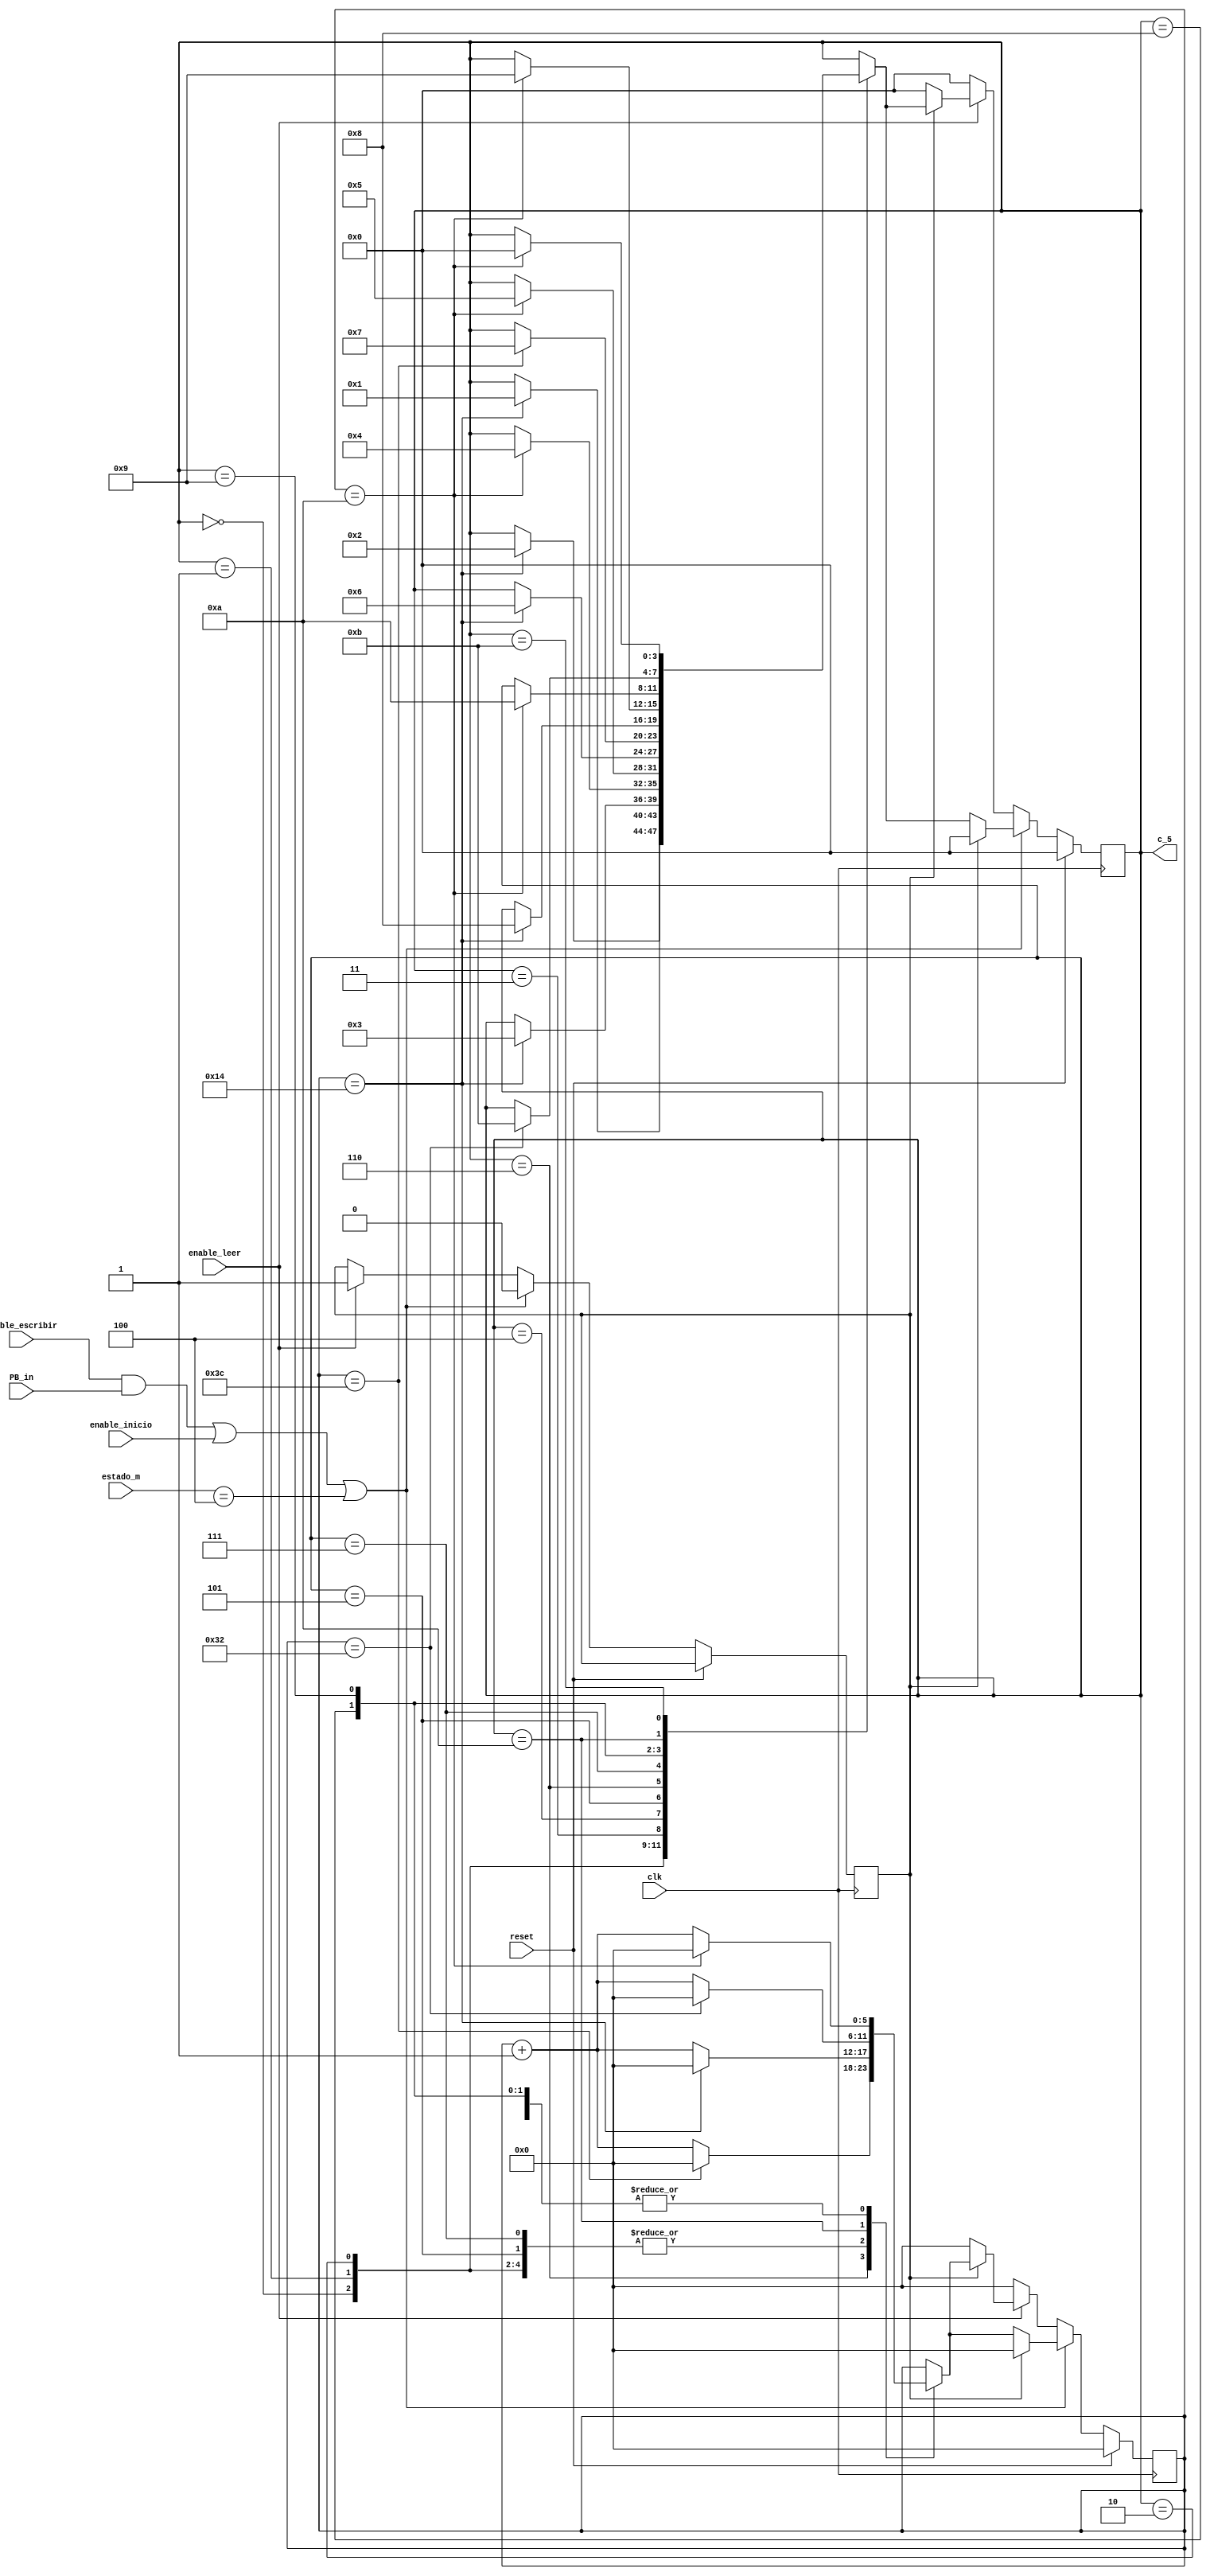
`timescale 1ns / 1ps
//////////////////////////////////////////////////////////////////////////////////
// Company: 
// Engineer: 
// 
// Design Name: 
// Module Name:    Contador_Control_de_Tiempos 
// Project Name: 
// Target Devices: 
// Tool versions: 
// Description: 
//
// Dependencies: 
//
// Revision: 
// Revision 0.01 - File Created
// Additional Comments: 
//
//////////////////////////////////////////////////////////////////////////////////
module Contador_Control_de_Tiempos(
    input reset,
    input clk,
	 input PB_in,
	 input enable_inicio,        
	 input enable_escribir,
	 input enable_leer,
	 input [2:0] estado_m,
    output [3:0] c_5
    );
	 
	 reg [5:0] Cuenta_Interna = 0;
	 reg [3:0] Estado = 0;
	 reg posicion = 0;
	 
	 assign c_5 = Estado;

	 
	 
	 always @(posedge clk )
	 if (reset)
	 begin
	    Estado = 0;
       Cuenta_Interna <= 0; 
	 end 
	 else
	 begin
	 begin
	    if ((enable_escribir && PB_in) || enable_inicio || (estado_m==3'd4) )
		 begin
			 if (posicion == 1)
			 begin
			    posicion <= 0;
			    Estado = 0;
			    Cuenta_Interna <= 0;
			 end
          else 	
          begin			 
		       case (Estado)
			       4'd0: if (Cuenta_Interna == 6'd20 )
                      begin
					          Estado = 4'd1;
						       Cuenta_Interna <= 6'd0;
                      end		
                      else 
                      begin
					          Estado = Estado;
						       Cuenta_Interna <= Cuenta_Interna + 6'd1;
                      end		
					 4'd1: if (Cuenta_Interna == 6'd20 )
							 begin
								 Estado = 4'd2;
								 Cuenta_Interna <= 6'd0;
							 end		
							 else 
							 begin
								 Estado = Estado;
								 Cuenta_Interna <= Cuenta_Interna + 6'd1;
							 end		
					 4'd2: if (Cuenta_Interna == 6'd20 )
							 begin
								 Estado = 4'd3;
								 Cuenta_Interna <= 6'd0;
							 end		
							 else 
							 begin
								 Estado = Estado;
								 Cuenta_Interna <= Cuenta_Interna + 6'd1;
							 end		
					 4'd3: if (Cuenta_Interna == 6'd10)
							 begin
								 Estado = 4'd4;
								 Cuenta_Interna <= 6'd0;
							 end		
							 else 
							 begin
								 Estado = Estado;
								 Cuenta_Interna <= Cuenta_Interna + 6'd1;
							 end	
					 4'd4: if (Cuenta_Interna == 6'd10 )
							 begin
								 Estado = 4'd5;
								 Cuenta_Interna <= 6'd0;
							 end		
							 else 
							 begin
								 Estado = Estado;
								 Cuenta_Interna <= Cuenta_Interna + 6'd1;
							 end					 
					 4'd5: if (Cuenta_Interna == 6'd20 )
							 begin
								 Estado = 4'd6;
								 Cuenta_Interna <= 6'd0;
							 end		
							 else 
							 begin
								 Estado = Estado;
								 Cuenta_Interna <= Cuenta_Interna + 6'd1;
							 end		
					 4'd6: if (Cuenta_Interna == 6'd60 )
							 begin
								 Estado = 4'd7;
								 Cuenta_Interna <= 6'd0;
							 end		
							 else 
							 begin
								 Estado = Estado;
								 Cuenta_Interna <= Cuenta_Interna + 6'd1;
							 end		
					 4'd7: if (Cuenta_Interna == 6'd20 )
							 begin
								 Estado = 4'd8;
								 Cuenta_Interna <= 6'd0;
							 end		
							 else 
							 begin
								 Estado = Estado;
								 Cuenta_Interna <= Cuenta_Interna + 6'd1;
							 end		
					 4'd8: if (Cuenta_Interna == 6'd10 )
							 begin
								 Estado = 4'd9;
								 Cuenta_Interna <= 6'd0;
							 end		
							 else 
							 begin
								 Estado = Estado;
								 Cuenta_Interna <= Cuenta_Interna + 6'd1;
							 end		
					 4'd9: if (Cuenta_Interna == 6'd10 )
							 begin
								 Estado = 4'd10;
								 Cuenta_Interna <= 6'd0;
							 end		
							 else 
							 begin
								 Estado = Estado;
								 Cuenta_Interna <= Cuenta_Interna + 6'd1;
							 end		
					 4'd10: if (Cuenta_Interna == 6'd50 )
							 begin
								 Estado = 4'd11;
								 Cuenta_Interna <= 6'd0;
							 end		
							 else 
							 begin
								 Estado = Estado;
								 Cuenta_Interna <= Cuenta_Interna + 6'd1;
							 end
					 4'd11: if (Cuenta_Interna == 6'd10 )
							 begin
								 Estado = 4'd0;
								 Cuenta_Interna <= 6'd0;
							 end		
							 else 
							 begin
								 Estado = Estado;
								 Cuenta_Interna <= Cuenta_Interna + 6'd1;
							 end	
					 default: begin
									Estado = Estado;
									Cuenta_Interna <= Cuenta_Interna;
								end 	
               endcase	
            end				 
		   end
		 else
		 if (enable_leer)
		 begin
		    if (posicion == 0)
			 begin
			    posicion <= 1;
			    Estado = 0;
			    Cuenta_Interna <= 0;
			 end
			 else
			 begin
				 case (Estado)
					 4'd0: if (Cuenta_Interna == 6'd20 )
							 begin
								 Estado = 4'd1;
								 Cuenta_Interna <= 6'd0;
							 end		
							 else 
							 begin
								 Estado = Estado;
								 Cuenta_Interna <= Cuenta_Interna + 6'd1;
							 end		
					 4'd1: if (Cuenta_Interna == 6'd20 )
							 begin
								 Estado = 4'd2;
								 Cuenta_Interna <= 6'd0;
							 end		
							 else 
							 begin
								 Estado = Estado;
								 Cuenta_Interna <= Cuenta_Interna + 6'd1;
							 end		
					 4'd2: if (Cuenta_Interna == 6'd20 )
							 begin
								 Estado = 4'd3;
								 Cuenta_Interna <= 6'd0;
							 end		
							 else 
							 begin
								 Estado = Estado;
								 Cuenta_Interna <= Cuenta_Interna + 6'd1;
							 end		
					 4'd3: if (Cuenta_Interna == 6'd10)
							 begin
								 Estado = 4'd4;
								 Cuenta_Interna <= 6'd0;
							 end		
							 else 
							 begin
								 Estado = Estado;
								 Cuenta_Interna <= Cuenta_Interna + 6'd1;
							 end	
					 4'd4: if (Cuenta_Interna == 6'd10 )
							 begin
								 Estado = 4'd5;
								 Cuenta_Interna <= 6'd0;
							 end		
							 else 
							 begin
								 Estado = Estado;
								 Cuenta_Interna <= Cuenta_Interna + 6'd1;
							 end					 
					 4'd5: if (Cuenta_Interna == 6'd20 )
							 begin
								 Estado = 4'd6;
								 Cuenta_Interna <= 6'd0;
							 end		
							 else 
							 begin
								 Estado = Estado;
								 Cuenta_Interna <= Cuenta_Interna + 6'd1;
							 end		
					 4'd6: if (Cuenta_Interna == 6'd60 )
							 begin
								 Estado = 4'd7;
								 Cuenta_Interna <= 6'd0;
							 end		
							 else 
							 begin
								 Estado = Estado;
								 Cuenta_Interna <= Cuenta_Interna + 6'd1;
							 end		
					 4'd7: if (Cuenta_Interna == 6'd20 )
							 begin
								 Estado = 4'd8;
								 Cuenta_Interna <= 6'd0;
							 end		
							 else 
							 begin
								 Estado = Estado;
								 Cuenta_Interna <= Cuenta_Interna + 6'd1;
							 end		
					 4'd8: if (Cuenta_Interna == 6'd10 )
							 begin
								 Estado = 4'd9;
								 Cuenta_Interna <= 6'd0;
							 end		
							 else 
							 begin
								 Estado = Estado;
								 Cuenta_Interna <= Cuenta_Interna + 6'd1;
							 end		
					 4'd9: if (Cuenta_Interna == 6'd10 )
							 begin
								 Estado = 4'd10;
								 Cuenta_Interna <= 6'd0;
							 end		
							 else 
							 begin
								 Estado = Estado;
								 Cuenta_Interna <= Cuenta_Interna + 6'd1;
							 end		
					 4'd10: if (Cuenta_Interna == 6'd50 )
							 begin
								 Estado = 4'd11;
								 Cuenta_Interna <= 6'd0;
							 end		
							 else 
							 begin
								 Estado = Estado;
								 Cuenta_Interna <= Cuenta_Interna + 6'd1;
							 end
					 4'd11: if (Cuenta_Interna == 6'd10 )
							 begin
								 Estado = 4'd0;
								 Cuenta_Interna <= 6'd0;
							 end		
							 else 
							 begin
								 Estado = Estado;
								 Cuenta_Interna <= Cuenta_Interna + 6'd1;
							 end	
					 default: begin
									Estado = Estado;
									Cuenta_Interna <= Cuenta_Interna;
								 end 	
               endcase
            end		
		   end 
			else
         begin
			   Estado = 0;
			   Cuenta_Interna <= 0;
         end	
		end
		end
		
   endmodule